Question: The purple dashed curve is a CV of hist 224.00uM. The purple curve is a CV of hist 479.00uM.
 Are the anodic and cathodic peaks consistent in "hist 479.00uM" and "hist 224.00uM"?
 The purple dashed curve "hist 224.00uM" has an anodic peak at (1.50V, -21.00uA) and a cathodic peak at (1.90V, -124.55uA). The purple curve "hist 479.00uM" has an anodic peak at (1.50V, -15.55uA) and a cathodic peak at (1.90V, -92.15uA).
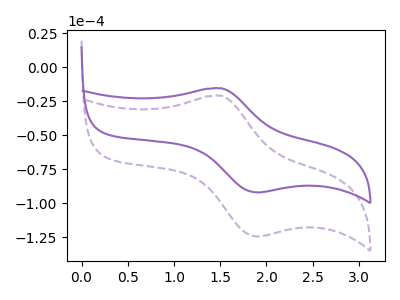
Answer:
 <answer>Yes, "hist 479.00uM" have a peak in "hist 224.00uM" at the same potential.</answer>
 <eval>match</eval>